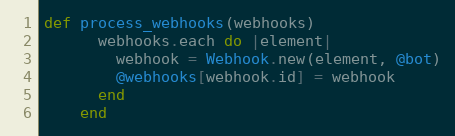
Language: Ruby
def process_webhooks(webhooks)
      webhooks.each do |element|
        webhook = Webhook.new(element, @bot)
        @webhooks[webhook.id] = webhook
      end
    end